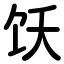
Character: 饫